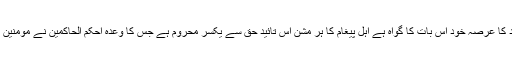
بلکہ ایک صدی سے زائد کا عرصہ خود اس بات کا گواہ ہے اہل پیغام کا ہر مشن اُس تائید حق سے یکسر محروم ہے جس کا وعدہ احکم الحاکمین نے مومنین کی جماعت سے کیا ہے۔